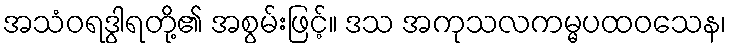
အသံဝရဒွါရတို့၏ အစွမ်းဖြင့်။ ဒသ အကုသလကမ္မပထဝသေန၊